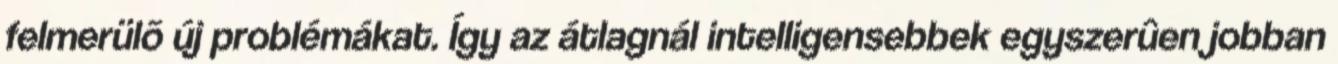
felmerülõ új problémákat. Így az átlagnál intelligensebbek egyszerûen jobban